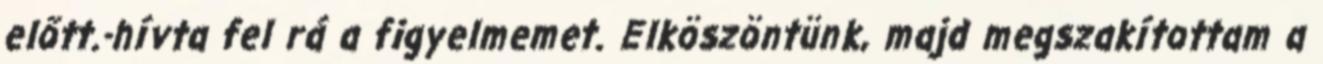
előtt.-hívta fel rá a figyelmemet. Elköszöntünk, majd megszakítottam a